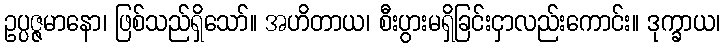
ဥပ္ပဇ္ဇမာနော၊ ဖြစ်သည်ရှိသော်။ အဟိတာယ၊ စီးပွားမရှိခြင်းငှာလည်းကောင်း။ ဒုက္ခာယ၊